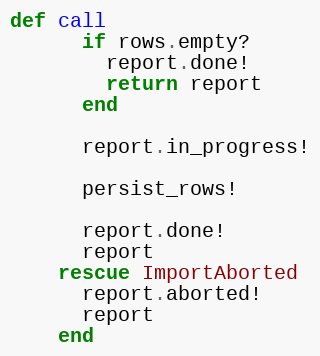
Language: Ruby
def call
      if rows.empty?
        report.done!
        return report
      end

      report.in_progress!

      persist_rows!

      report.done!
      report
    rescue ImportAborted
      report.aborted!
      report
    end